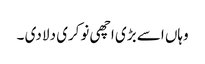
وہاں اسے بڑی اچھی نوکری دلا دی ۔